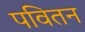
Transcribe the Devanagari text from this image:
पवितन